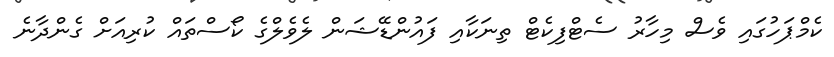
ކެމްޕަހުގައި ވެސް މިހާރު ސެޓްފިކެޓް ތިނަކާއި ފައުންޑޭޝަން ލެވެލްގެ ކޯސްތައް ކުރިއަށް ގެންދާނެ